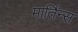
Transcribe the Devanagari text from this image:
मार्तिन्स